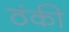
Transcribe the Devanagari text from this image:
ठंकी